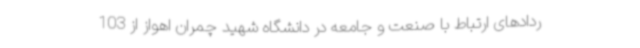
ردادهای ارتباط با صنعت و جامعه در دانشگاه شهید چمران اهواز از 103